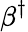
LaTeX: \beta^{\dagger}